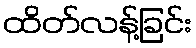
ထိတ်လန့်ခြင်း